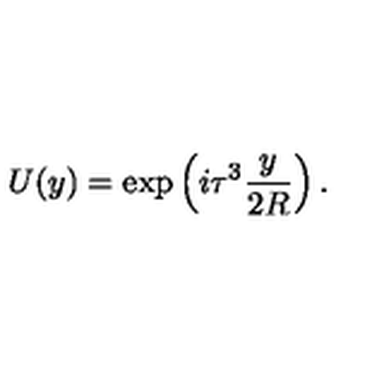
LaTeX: U ( y ) = \exp \left( i \tau ^ { 3 } \frac { y } { 2 R } \right) .